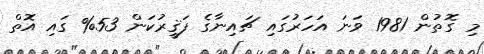
މި ގޮތުން 1981 ވަނަ އަހަރުގައި ޗައިނާގެ ފަޤީރުކަން 53% ގައި އޮތް